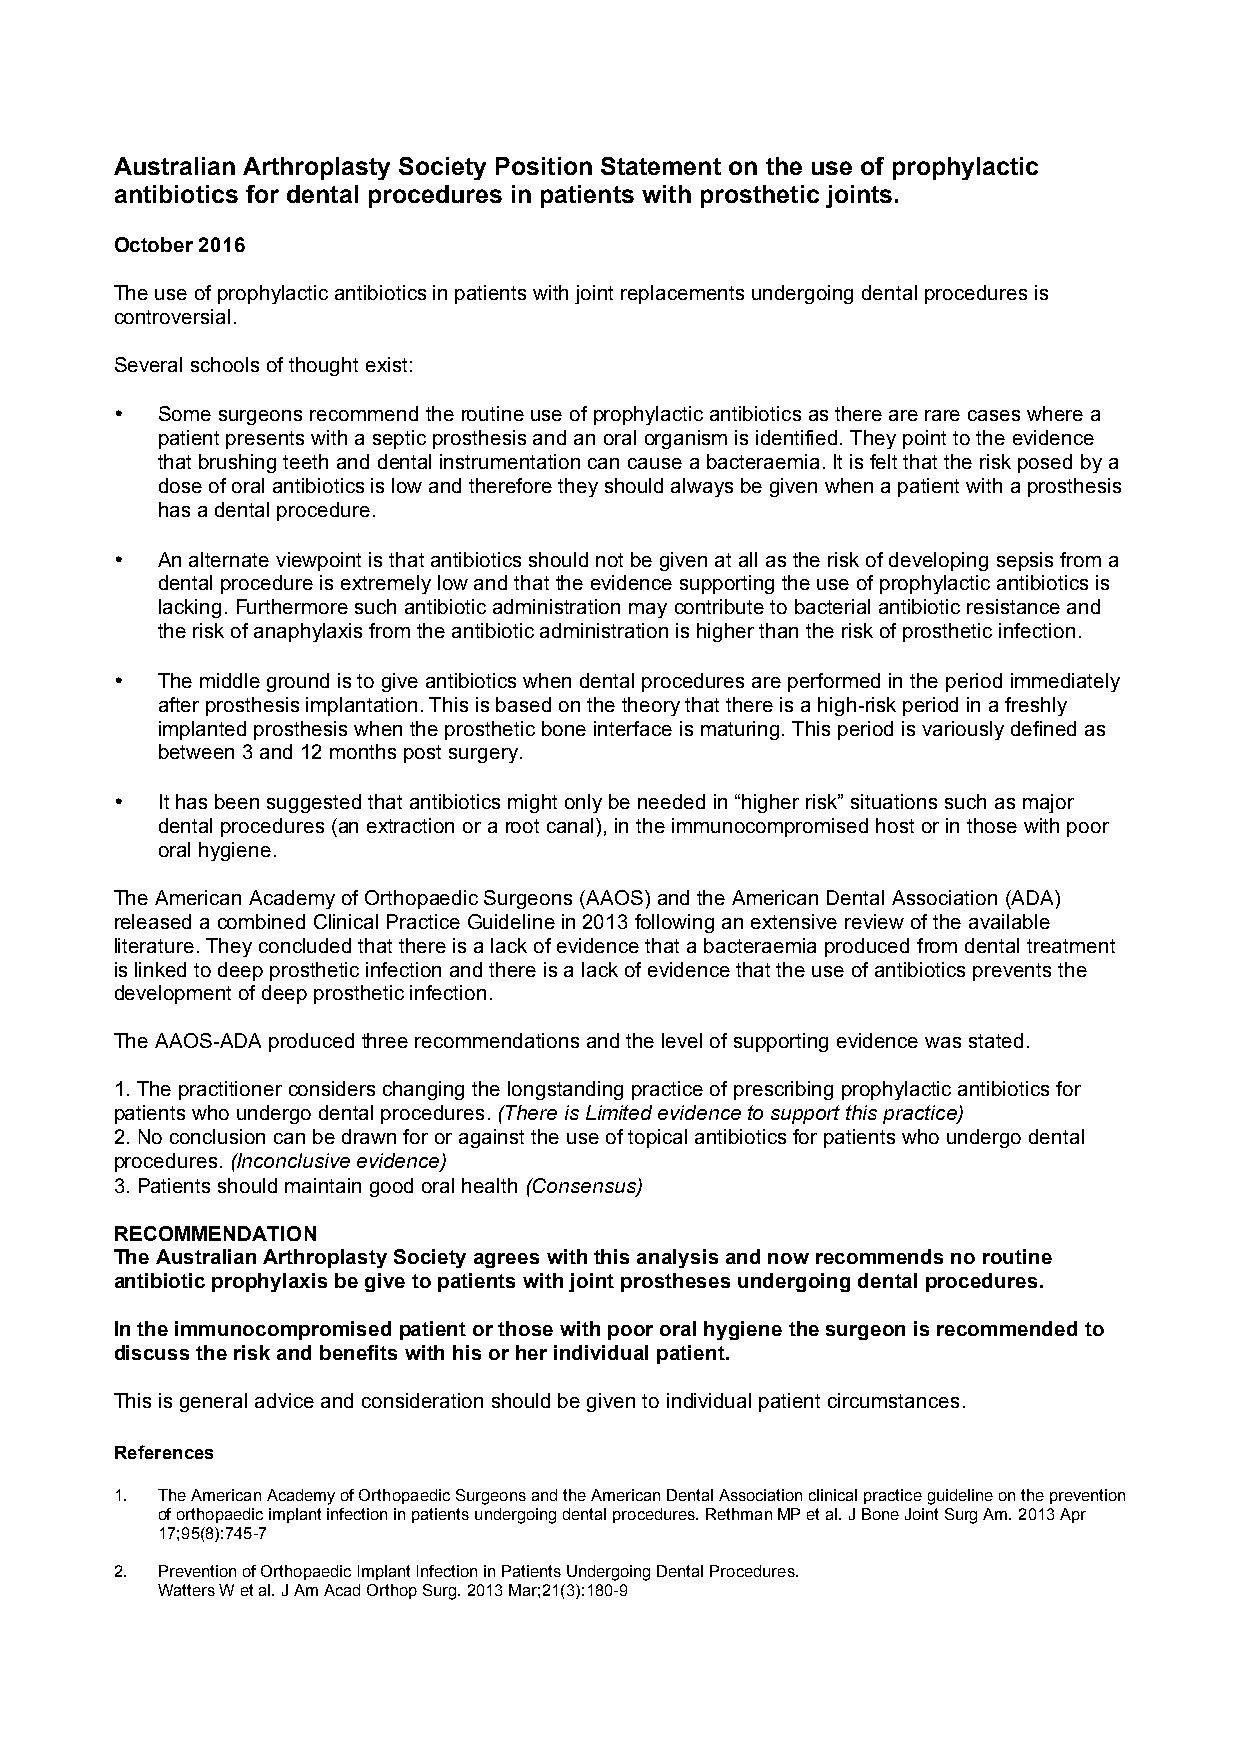
Australian Arthroplasty Society Position Statement on the use of prophylactic
 antibiotics for dental procedures in patients with prosthetic joints.
 October 2016
 The use of prophylactic antibiotics in patients with joint replacements undergoing dental procedures is
 controversial.
 Several schools of thought exist:
 • Some surgeons recommend the routine use of prophylactic antibiotics as there are rare cases where a
 patient presents with a septic prosthesis and an oral organism is identified. They point to the evidence
 that brushing teeth and dental instrumentation can cause a bacteraemia. It is felt that the risk posed by a
 dose of oral antibiotics is low and therefore they should always be given when a patient with a prosthesis
 has a dental procedure.
 • An alternate viewpoint is that antibiotics should not be given at all as the risk of developing sepsis from a
 dental procedure is extremely low and that the evidence supporting the use of prophylactic antibiotics is
 lacking. Furthermore such antibiotic administration may contribute to bacterial antibiotic resistance and
 the risk of anaphylaxis from the antibiotic administration is higher than the risk of prosthetic infection.
 • The middle ground is to give antibiotics when dental procedures are performed in the period immediately
 after prosthesis implantation. This is based on the theory that there is a high-risk period in a freshly
 implanted prosthesis when the prosthetic bone interface is maturing. This period is variously defined as
 between 3 and 12 months post surgery.
 • It has been suggested that antibiotics might only be needed in “higher risk” situations such as major
 dental procedures (an extraction or a root canal), in the immunocompromised host or in those with poor
 oral hygiene.
 The American Academy of Orthopaedic Surgeons (AAOS) and the American Dental Association (ADA)
 released a combined Clinical Practice Guideline in 2013 following an extensive review of the available
 literature. They concluded that there is a lack of evidence that a bacteraemia produced from dental treatment
 is linked to deep prosthetic infection and there is a lack of evidence that the use of antibiotics prevents the
 development of deep prosthetic infection.
 The AAOS-ADA produced three recommendations and the level of supporting evidence was stated.
 1. The practitioner considers changing the longstanding practice of prescribing prophylactic antibiotics for
 patients who undergo dental procedures. (There is Limited evidence to support this practice)
 2. No conclusion can be drawn for or against the use of topical antibiotics for patients who undergo dental
 procedures. (Inconclusive evidence)
 3. Patients should maintain good oral health (Consensus)
 RECOMMENDATION
 The Australian Arthroplasty Society agrees with this analysis and now recommends no routine
 antibiotic prophylaxis be give to patients with joint prostheses undergoing dental procedures.
 In the immunocompromised patient or those with poor oral hygiene the surgeon is recommended to
 discuss the risk and benefits with his or her individual patient.
 This is general advice and consideration should be given to individual patient circumstances.
 References
 1. The American Academy of Orthopaedic Surgeons and the American Dental Association clinical practice guideline on the prevention
 of orthopaedic implant infection in patients undergoing dental procedures. Rethman MP et al. J Bone Joint Surg Am. 2013 Apr
 17;95(8):745-7
 2. Prevention of Orthopaedic Implant Infection in Patients Undergoing Dental Procedures.
 Watters W et al. J Am Acad Orthop Surg. 2013 Mar;21(3):180-9